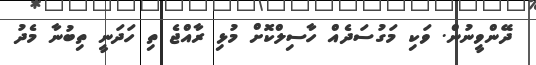
ދޭންވީނުން. ވަކި މަގުސަދެއް ހާސިލްކޮށް މުޅި ރާއްޖެ ތި ހަދަނީ ތިބުނާ މެދު